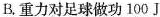
B.重力对足球做功100J